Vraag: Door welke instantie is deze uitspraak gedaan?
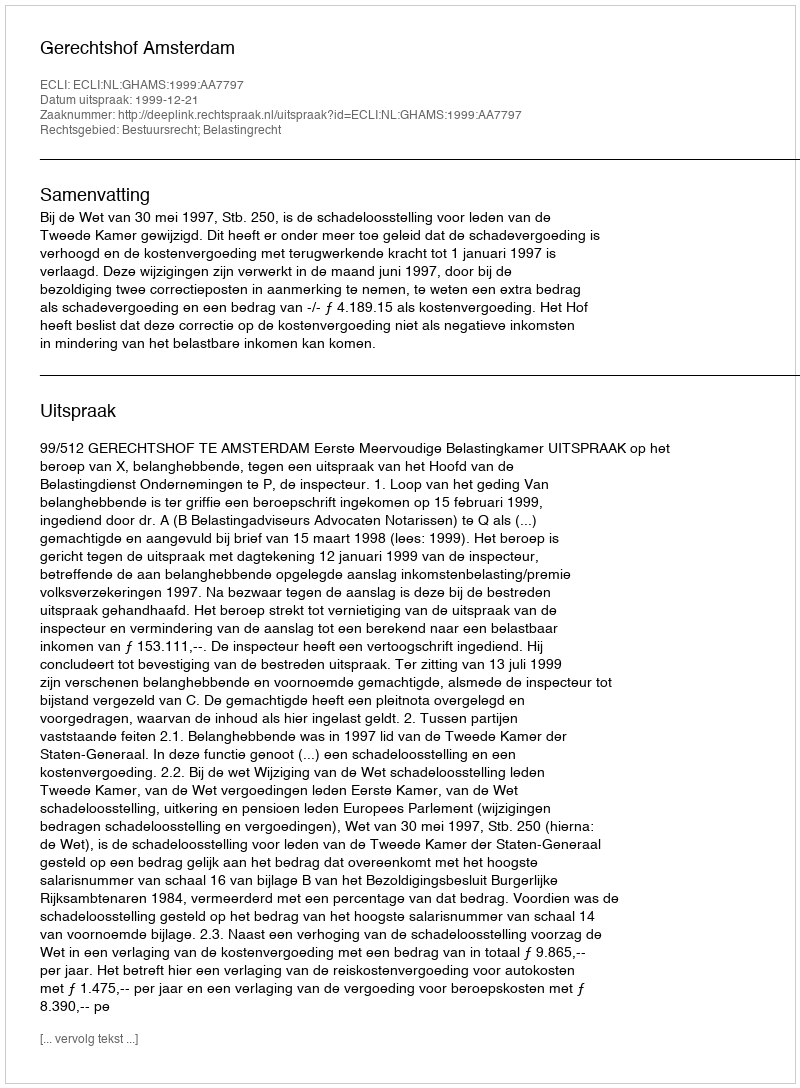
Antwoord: Gerechtshof Amsterdam